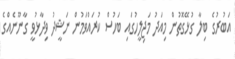
އަބުރުގެ ބިލާ ގުޅޭގޮތުން މިއަދު މަޖިލީހުގައި ބަހުސް ކުރައްވަމުން ނަޝީދު ވިދާޅުވީ ގާނޫނެއްގެ